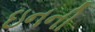
ઇનની